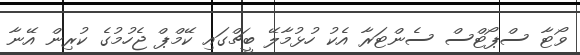
ވޯޓާ ސްޕޯޓްސް ސެންޓަރާ އެކު ހުޅުމާލޭ ބީޗްގައި ކޭމްޕް ޖެހުމުގެ ކުރިން އޭނާ